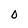
Character: O